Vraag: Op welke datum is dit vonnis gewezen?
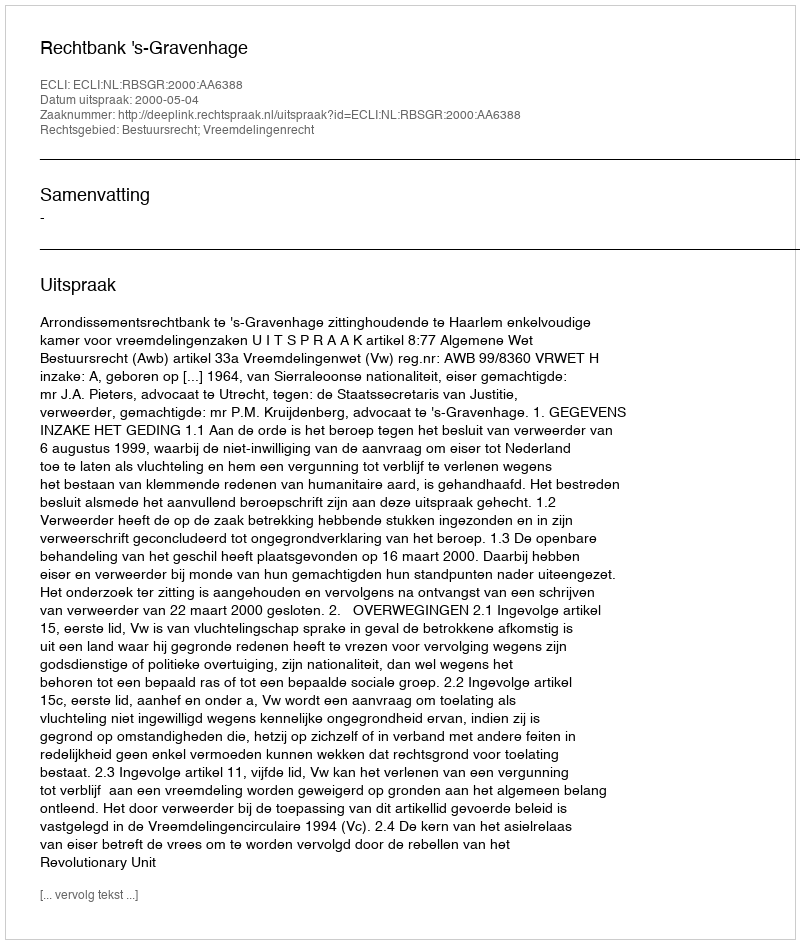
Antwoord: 2000-05-04